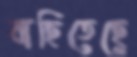
বাছিতেছে